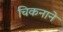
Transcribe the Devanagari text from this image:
चिकनाने